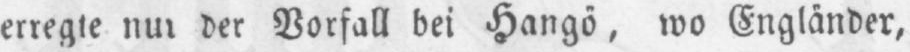
der Vorfall bei Hangö, wo Engländer,